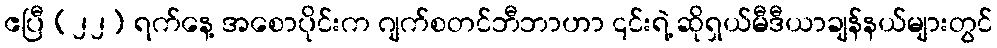
ဧပြီ (၂၂) ရက်နေ့ အစောပိုင်းက ဂျက်စတင်ဘီဘာဟာ ၎င်းရဲ့ ဆိုရှယ်မီဒီယာချန်နယ်များတွင်